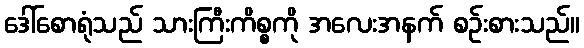
ဒေါ်စောရုံသည် သားကြီးကိစ္စကို အလေးအနက် စဉ်းစားသည်။